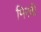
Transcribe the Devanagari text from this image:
मिरवी